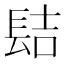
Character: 𨱻